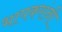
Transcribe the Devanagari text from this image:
भापकरांनी